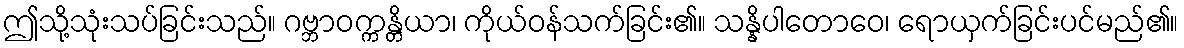
ဤသို့သုံးသပ်ခြင်းသည်။ ဂဗ္ဘာဝက္ကန္တိယာ၊ ကိုယ်ဝန်သက်ခြင်း၏။ သန္နိပါတောဝေ၊ ရောယှက်ခြင်းပင်မည်၏။